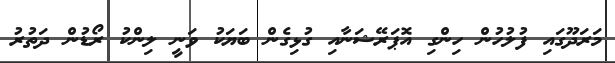
މަރަދޫގައި ފުލުހުން ހިންގި އޮޕަރޭޝަނާއި ގުޅިގެން ބަޔަކު ވަނީ ލިންކު ރޯޑުން ދަތުރު